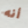
أنه